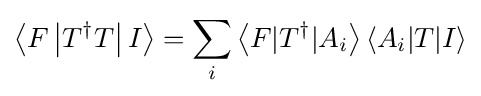
\left\langle F\left|T^{\dagger }T\right|I\right\rangle =\sum _{i}\left\langle F|T^{\dagger }|A_{i}\right\rangle \left\langle A_{i}|T|I\right\rangle